Tezpur Lunatic Asylum reports 1895-1904 - 1895-1904
Year: 1895
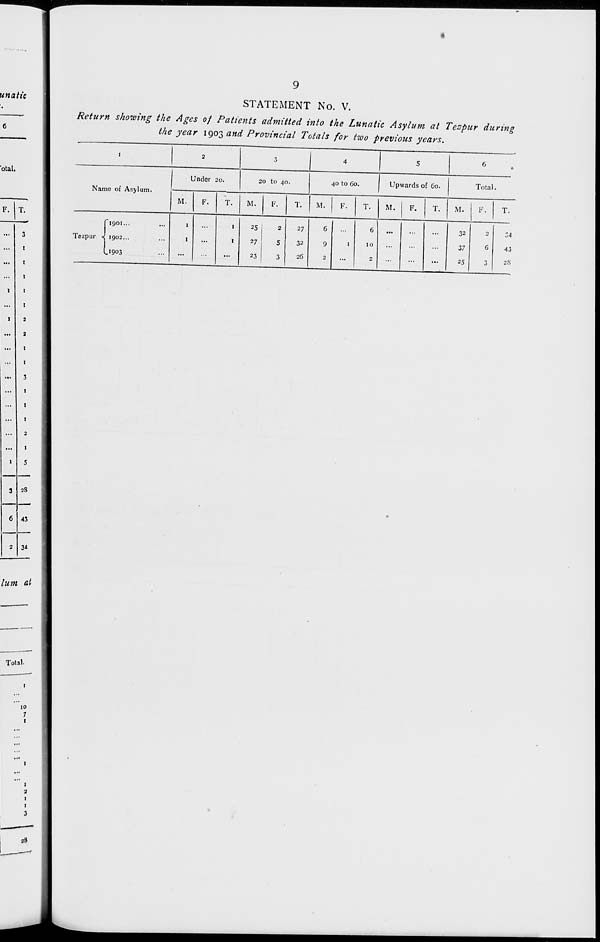
STATEMENT No. V.
Return showing the Ages of Patients admitted into the Lunatic Asylum at Tespur during
the year 1903 and Provincial Totals for two previous years.
I
2
3
4
5
»
Name of Asjlum.
Under 20.
20 to 40.
40 to 60.
Upwards of 60.
Total.
M.
F.
T.
M.
F.
T.
M.
F.
T.
M.
F.
T.
M.
F.
T.
Tezpur «
"1901...
1902...
.1903
1
1
...
1
1
25
27
23
2
5
3
27
32
26
6
9
1
6
10
...
32
37
25
6
3
34
43
28